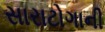
સારાટોગાની